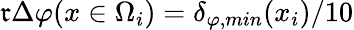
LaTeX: {\mathfrak{r}\Delta\varphi(x\in\Omega_{i})=\delta_{\varphi,min}(x_{i})/10}